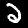
Digit: 2